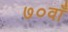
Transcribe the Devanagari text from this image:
७०वाँ